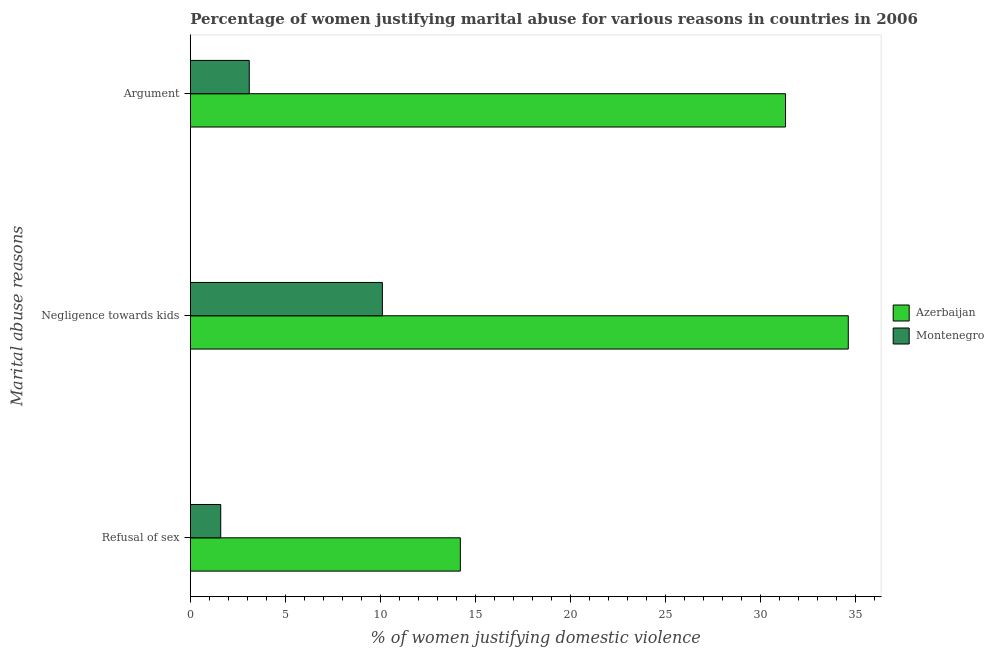
| Marital abuse reasons | Azerbaijan | Montenegro |
 | --- | --- | --- |
 | Refusal of sex | 14.2 | 1.6 |
 | Negligence towards kids | 34.6 | 10.1 |
 | Argument | 31.3 | 3.1 |